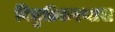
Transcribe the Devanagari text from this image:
विद्युतीकरणास